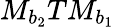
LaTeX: M_{b_{2}}TM_{b_{1}}